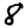
Digit: 8